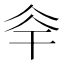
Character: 𠇨